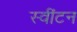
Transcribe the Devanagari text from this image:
स्वींटन